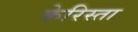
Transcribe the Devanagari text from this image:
केरिस्ता